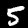
Digit: 5